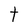
Character: t